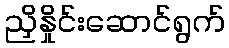
ညှိနှိုင်းဆောင်ရွက်